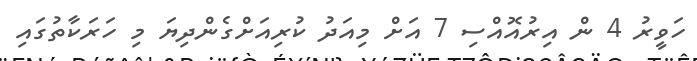
ހަވީރު 4 ން އިރުއޮއްސި 7 އަށް މިއަދު ކުރިއަށްގެންދިޔަ މި ހަރަކާތުގައި